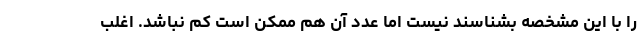
را با این مشخصه بشناسند نیست اما عدد آن هم ممکن است کم نباشد. اغلب